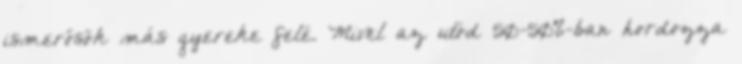
ismerősök más gyereke felé. Mivel az utód 50-50%-ban hordozza